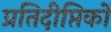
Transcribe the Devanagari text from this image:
प्रतिदीप्तिकों